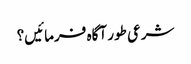
شرعی طور آگاہ فرمائیں؟